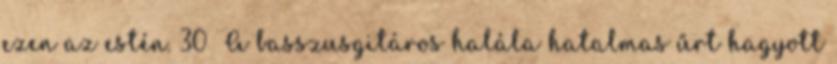
ezen az estén. 30 A basszusgitáros halála hatalmas űrt hagyott